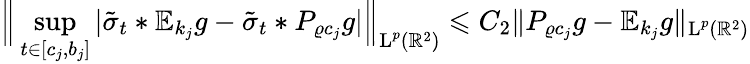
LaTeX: \Big\| \operatorname*{sup}_{t\in[c_{j},b_{j}]}|\tilde{\sigma}_{t}\ast\mathbb{E}_{k_{j}}g-\tilde{\sigma}_{t}\ast P_{\varrho c_{j}}g|\Big\| _{\textup{L}^{p}(\mathbb{R}^{2})}\leqslant C_{2}\| P_{\varrho c_{j}}g-\mathbb{E}_{k_{j}}g\| _{\textup{L}^{p}(\mathbb{R}^{2})}